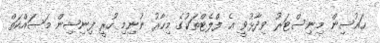
ހައުސިން މިނިސްޓަރު ވިދާޅުވީ އެ ފްލެޓްތަކުގެ މިހާރު ނުނިމި ހުރީ ފިނިޝިން މަސައްކަތް